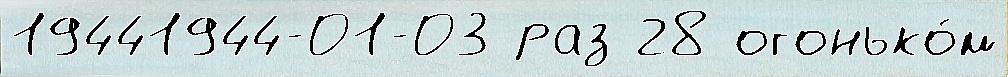
19441944-01-03 раз 28 огонько́м